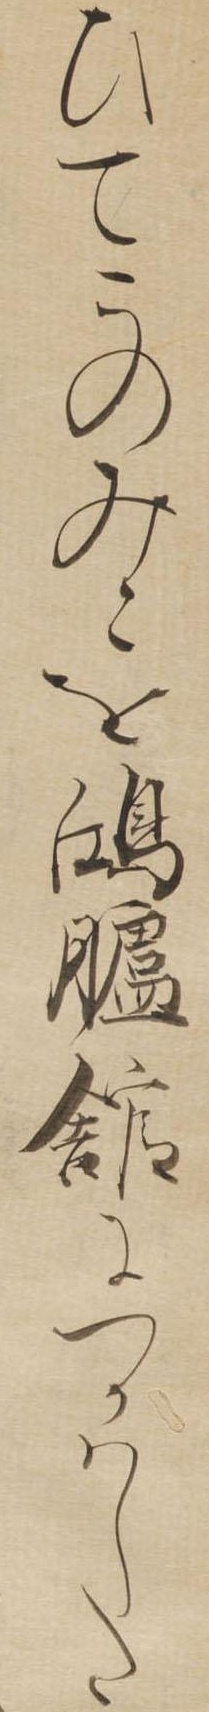
ひてこのみこを鴻臚館につかはした